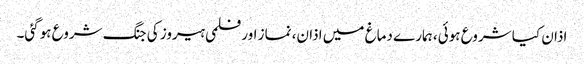
اذان کیا شروع ہوئی، ہمارے دماغ میں اذان، نماز اور فلمی ہیروز کی جنگ شروع ہوگئی۔